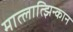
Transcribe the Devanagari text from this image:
मात्लात्झिन्कान